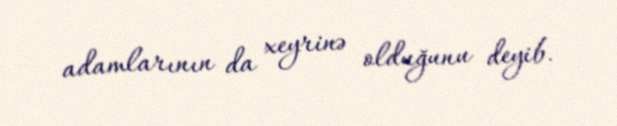
adamlarının da xeyrinə olduğunu deyib.